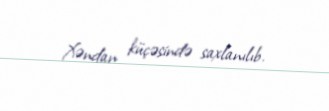
Xəndan küçəsində saxlanılıb.